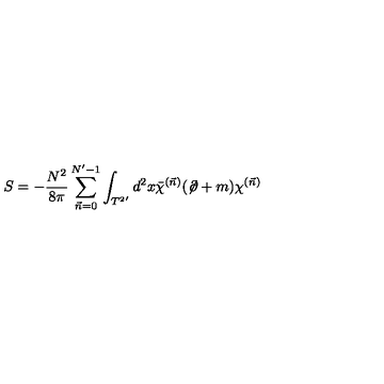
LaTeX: S = - \frac { N ^ { 2 } } { 8 \pi } \sum _ { \vec { n } = 0 } ^ { N ^ { \prime } - 1 } \int _ { { T ^ { 2 } } ^ { \prime } } d ^ { 2 } x \bar { \chi } ^ { ( \vec { n } ) } ( \not \! \partial + m ) \chi ^ { ( \vec { n } ) }